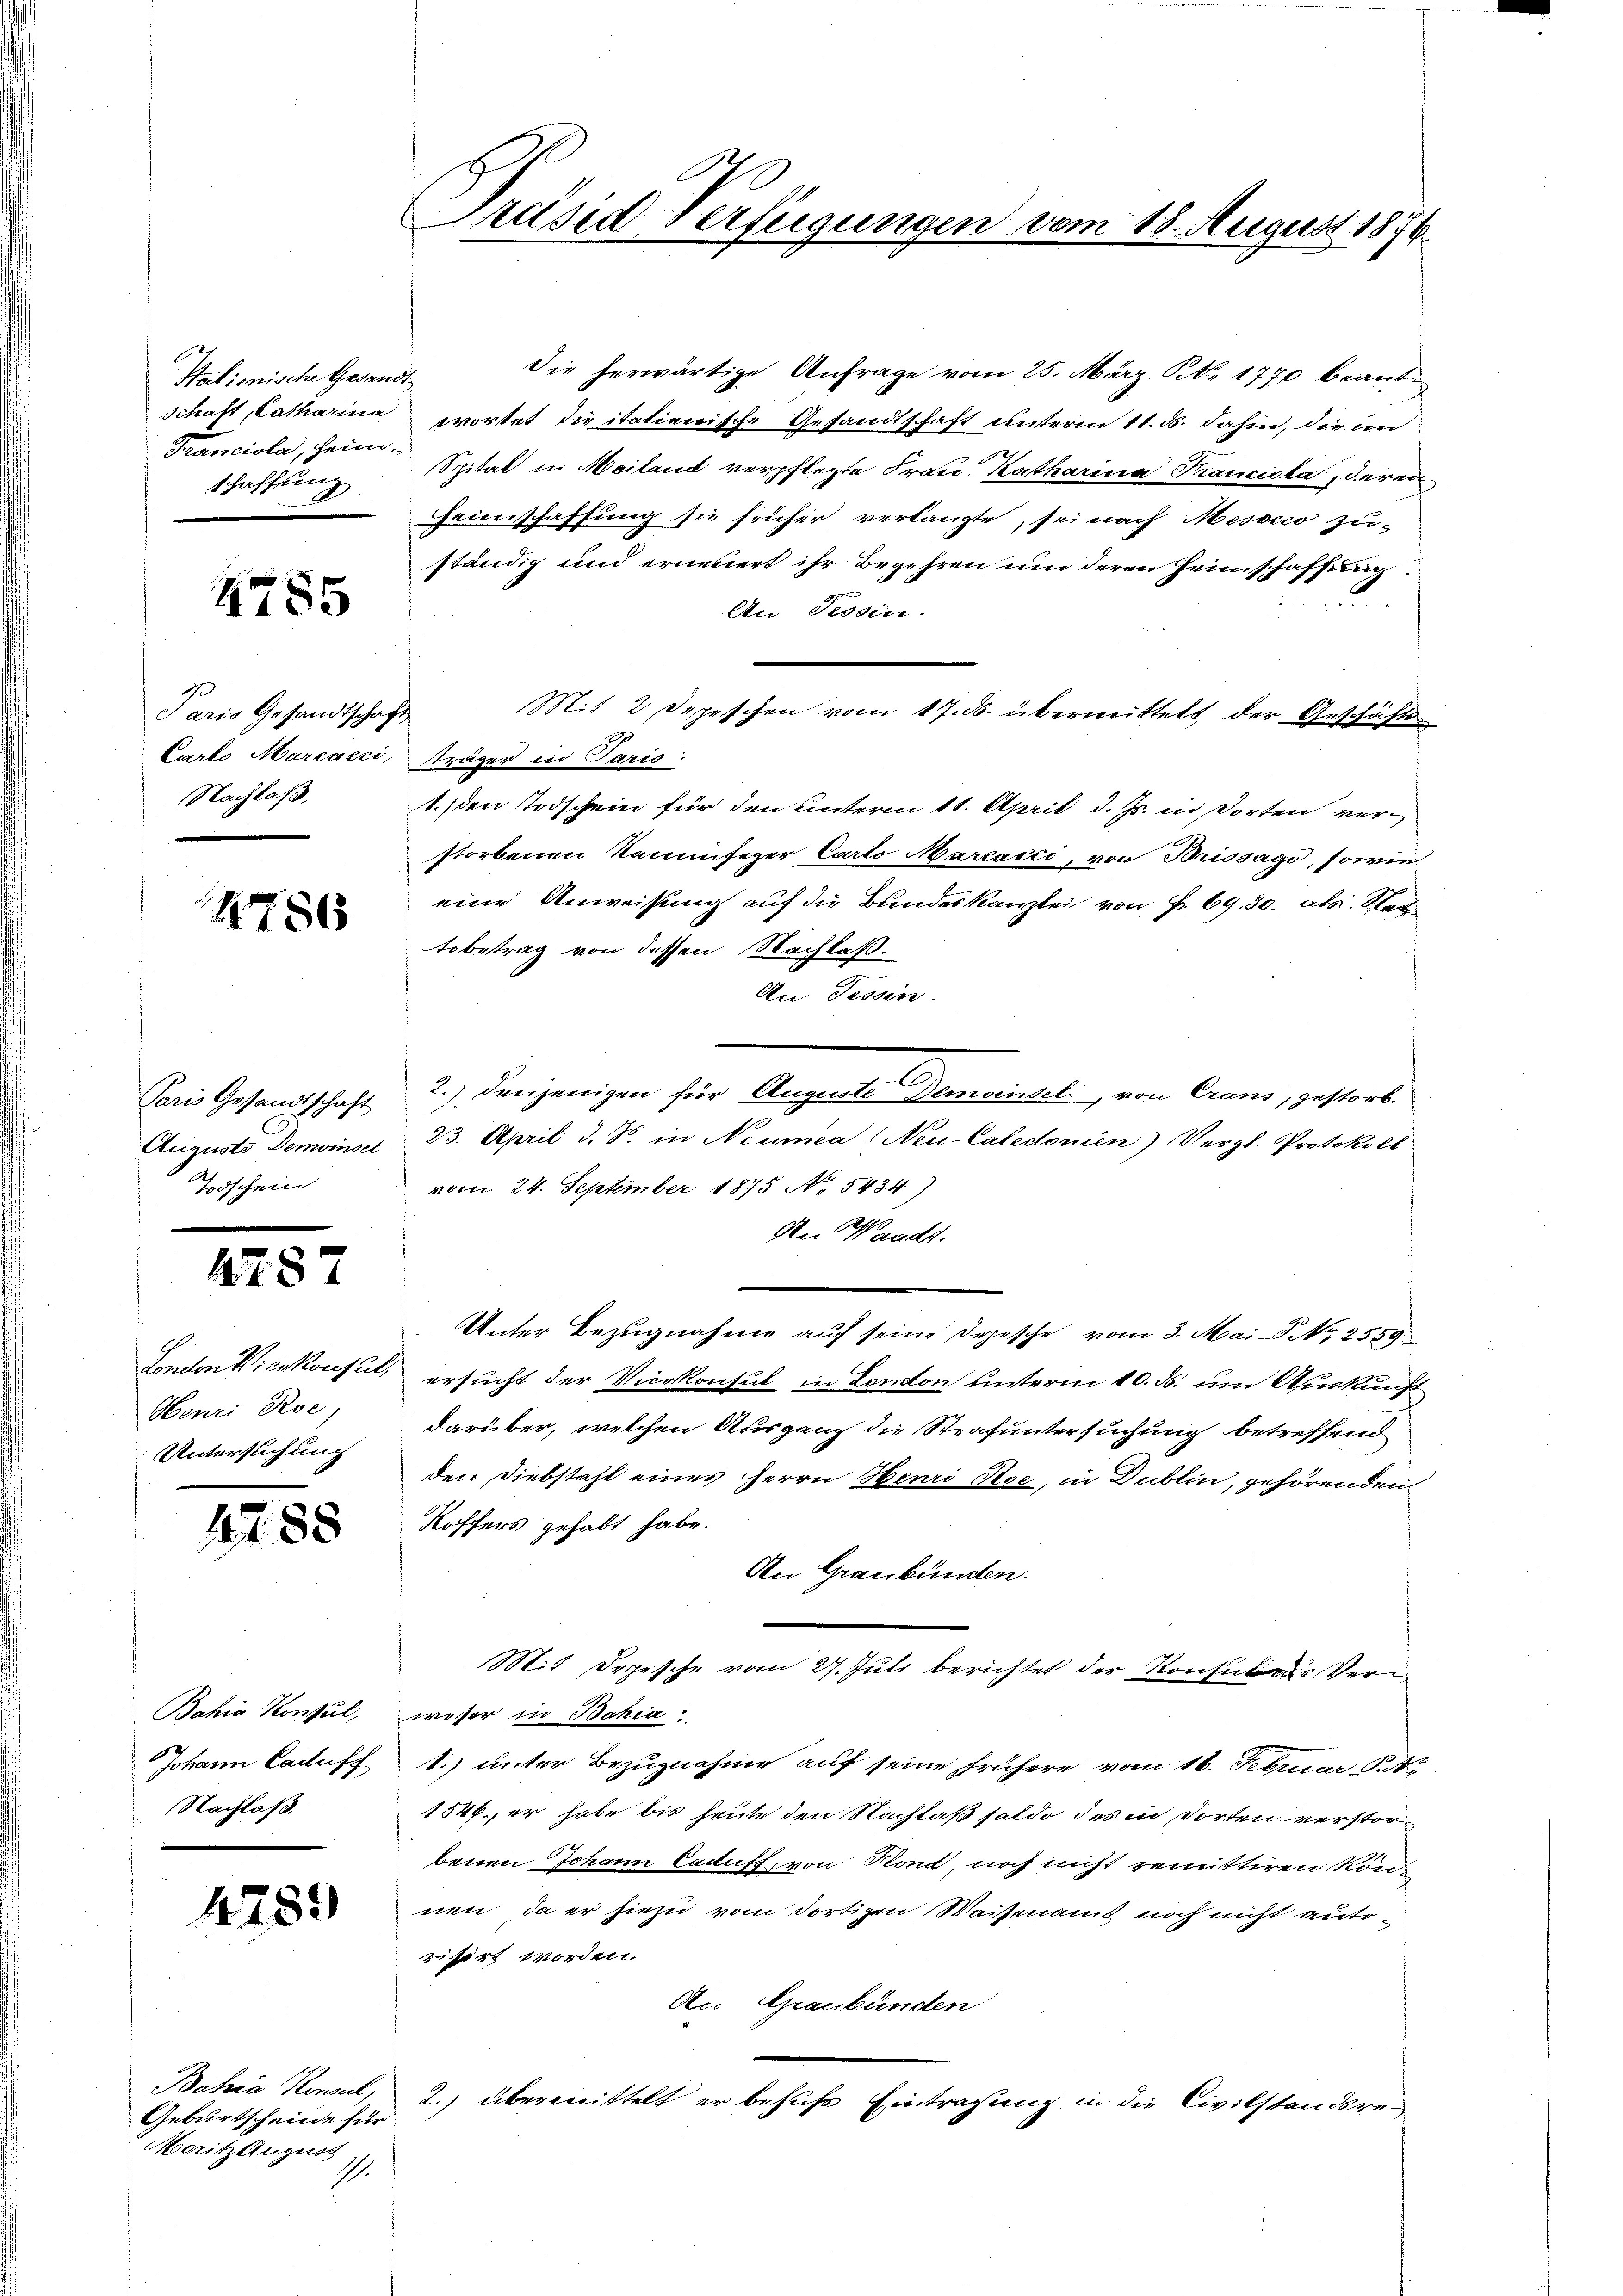
Salienische Gesand
Schaft, Catharina
Franciola, heimschaffung

4785

Paris Gesandtschaf
Carlo Marcacci,
Nachlaß.

4786

Paris Gesandtschaft
Auguste Demoinset
Toschein

4287

London Vicekonsuls
Henri Roe)
Untersuchung

1788

Bahia Konsul,
Johann Caduff
Nachlaß

4289

Geburtscheide für
Moritz August
I.

Presia Verfügun

Mit 2 Depeschen vom 17. ds. übermittelt der Geschäfts¬

vom 18. August 1876.

Die herwärtige Anfrage vom 25. März S. Nr. 1770 beante
2
wortet die italienische Gesandtschaft unterm 11. ds. dahin, die im
Spital in Mailand verpflegte Frau Katharina Kranciska, deren
Feierschaffung sie früher verlangte, sei nach Mesocco zu-
ständig und erneuert ihr Begehren um deren Heimschaffung.
An Tessin.
Träger in Paris:
1. den Todschein für den unterm 11. April d. Js. in dorten verstorbenen Kaminfeger Carto Marcacci, von Brissago, sowie
eine Anweisung auf die Bundeskanzlei von Fr. 69. 30. als Stattobetrag von dessen Nachlaß.
An Tessin.
2.) Denjenigen für Auguste Gemeinsel von Graus, gestört.
23. April d. J. in Neumea: Neu-Caledonien) Vergl. Protokoll
vom 24. September 1875 No 5434)
An Waadt.
Unter Bezugnahme auf seine Depesche vom 3. Mai d. 2559
ersucht der Vierkonsul in Comton unterm 10. ds. um Auskunft
darüber, welchen Ausgang die Strafuntersuchung betreffend
den Diebstahl eines Herrn Henri See, in Dublin, gehörenden
Roffers gehabt habe.
An Graubünden.
Mit Depesche vom 27. Juli berichtet der Konsuls Verweser in Bahia
1.) unter Bezugnahme auf seine frühere vom 16. Februar St.
1546, er habe bis heute den Nachlaß saldo des in dorten verstorbenen Johann Caduft, von Noit, noch nicht remittiren können, da er hiezu vom dortigen Waisenamt noch nicht aufrisirt worden.
An Graubünden
Bahia Konsul, 2.) übermittelt er besuche Eintragung in die Civilstandsre¬